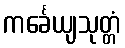
ကင်္ခေယျသုတ္တံ